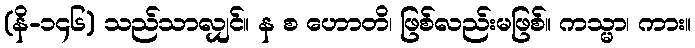
(နိ-၁၄၆) သည်သာလျှင်။ န စ ဟောတိ၊ ဖြစ်လည်းမဖြစ်။ ကသ္မာ၊ ကား။